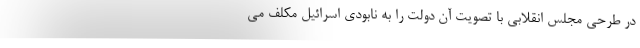
در طرحی مجلس انقلابي با تصويت آن دولت را به نابودی اسرائیل مکلف می